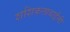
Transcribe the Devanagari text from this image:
शशिकलाबाईंनी